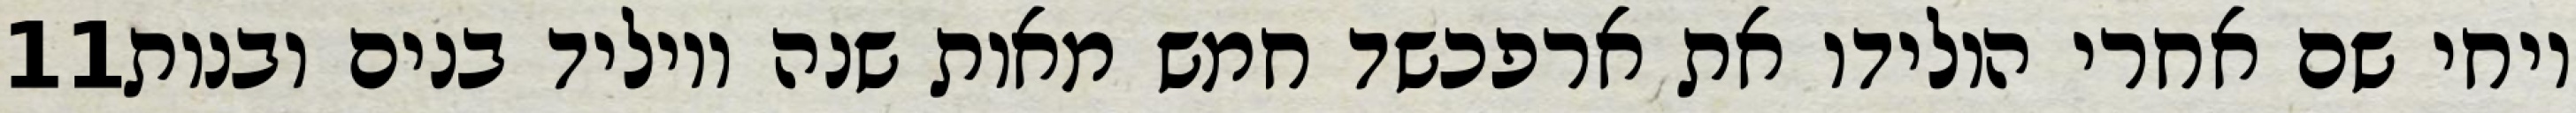
‎11‏ ויחי שם אחרי הולידו את ארפכשד חמש מאות שנה ויוליד בנים ובנות